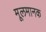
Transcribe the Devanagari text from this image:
मूलमानक